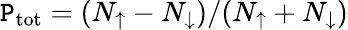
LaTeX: \mathtt{P}_{\mathrm{{{tot}}}}=(N_{\uparrow}-N_{\downarrow})/(N_{\uparrow}+N_{\downarrow})